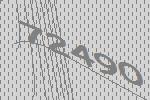
72490